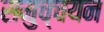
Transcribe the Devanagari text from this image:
समुच्चयन